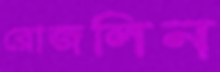
রোজলিন